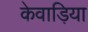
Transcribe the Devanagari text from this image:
केवाड़िया